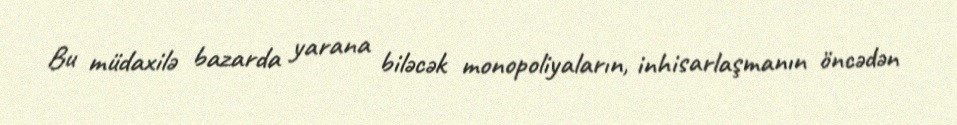
Bu müdaxilə bazarda yarana biləcək monopoliyaların, inhisarlaşmanın öncədən